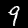
Digit: 9